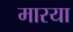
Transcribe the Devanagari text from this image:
मारया